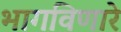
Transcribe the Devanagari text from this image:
भागविणारे